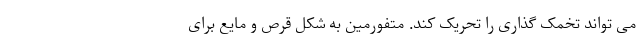
می تواند تخمک گذاری را تحریک کند. متفورمین به شکل قرص و مایع برای